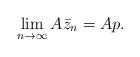
LaTeX: \begin{align*}\lim\limits_{n\to\infty}A\bar{z}_n=Ap.\end{align*}